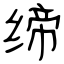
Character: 缔